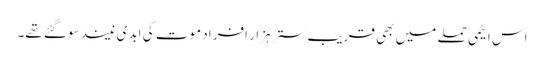
اس ایٹمی حملے میں بھی قریب ستر ہزار افراد موت کی ابدی نیند سوگئے تھے۔